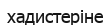
хадистеріне